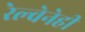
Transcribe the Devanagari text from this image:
रेल्वेनेही